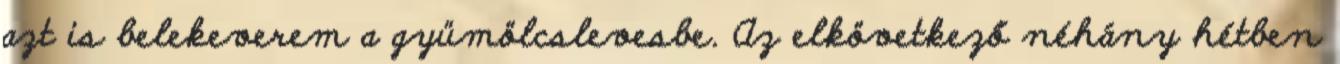
azt is belekeverem a gyümölcslevesbe. Az elkövetkező néhány hétben